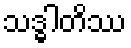
သဒ္ဓါတိဿ